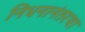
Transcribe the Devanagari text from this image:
निधनानंतरचा